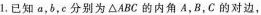
1.已知a,b,c分别为\triangle ABC 的内角A,B,C 的对边,